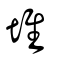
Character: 𡻛